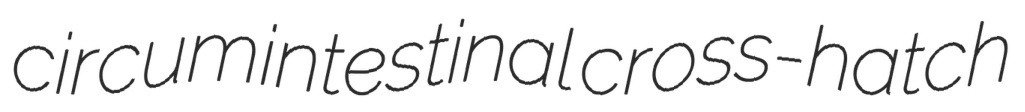
circumintestinal cross-hatch